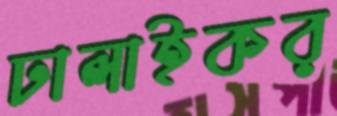
ঢালাইকর